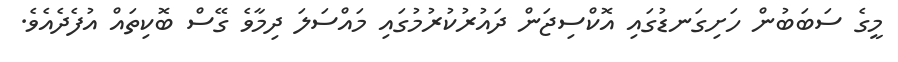
މީގެ ސަބަބުން ހަށިގަނޑުގައި އޮކްސިޖަން ދައުރުކުރުމުގައި މައްސަލަ ދިމާވެ ގޭސް ބޮކިތައް އުފެދެއެވެ.